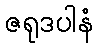
ဇရုဒပါနံ